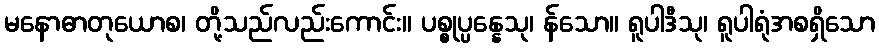
မနောဓာတုယောစ၊ တို့သည်လည်းကောင်း။ ပစ္စုပ္ပန္နေသု၊ န်သော။ ရူပါဒီသု၊ ရူပါရုံအစရှိသော